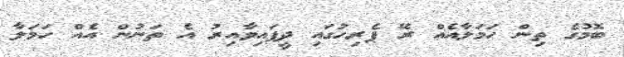
ބޮމުގެ ތިން ހަމަލާއެއް ރޭ ޕެރިހުގައި ދީފައިވާއިރު އެ ތަނުން އެއް ހަމަލާ